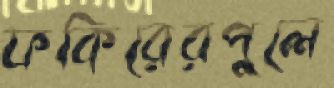
ফকিরেরপুলে